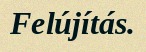
Felújítás.